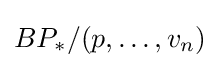
BP_{*}/(p,\ldots ,v_{n})